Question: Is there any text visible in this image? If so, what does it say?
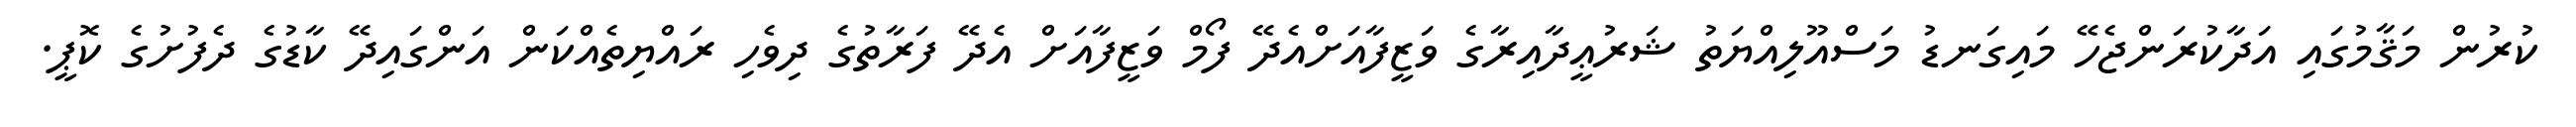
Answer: ކުރުން މަޤާމުގައި އަދާކުރަންޖެހޭ މައިގަނޑު މަސްއޫލިއްޔަތު ޝަރުޢީދާއިރާގެ ވަޒީފާއަށްއެދޭ ފޯމް ވަޒީފާއަށް އެދޭ ފަރާތުގެ ދިވެހި ރައްޔިތެއްކަން އަންގައިދޭ ކާޑުގެ ދެފުށުގެ ކޮޕީ.